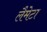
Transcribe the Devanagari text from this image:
लैमेटा